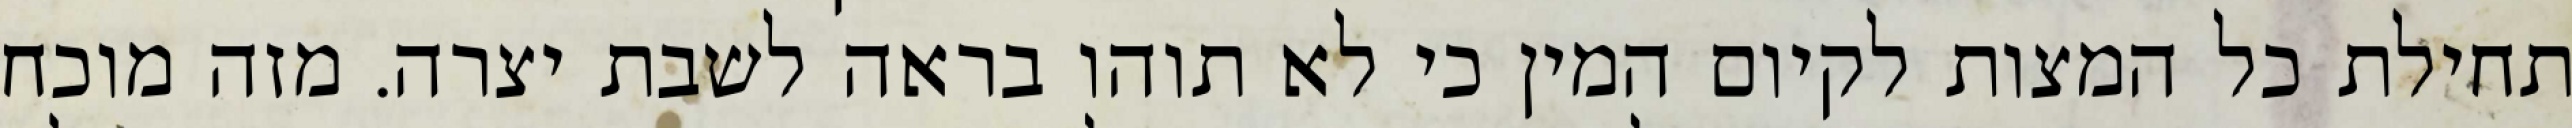
תחילת כל המצות לקיום המין כי לא תוהו בראה לשבת יצרה. מזה מוכח